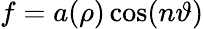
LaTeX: f=a(\rho)\cos(n\vartheta)